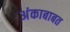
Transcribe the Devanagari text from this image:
अंकाबाबत